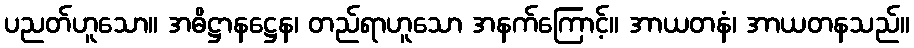
ပညတ်ဟူသော။ အဓိဋ္ဌာနဋ္ဌေန၊ တည်ရာဟူသော အနက်ကြောင့်။ အာယတနံ၊ အာယတနသည်။